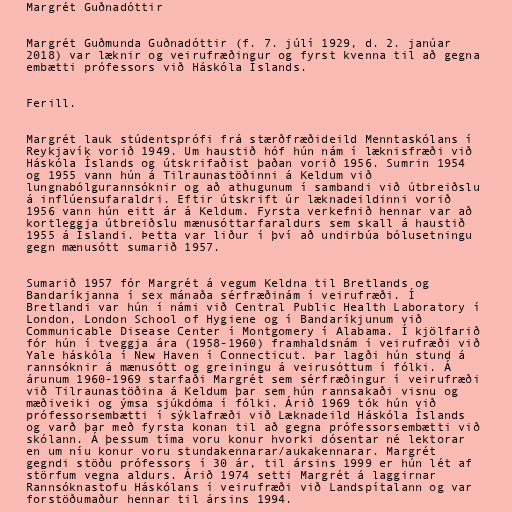
Margrét Guðnadóttir

Margrét Guðmunda Guðnadóttir (f. 7. júlí 1929, d. 2. janúar
2018) var læknir og veirufræðingur og fyrst kvenna til að gegna
embætti prófessors við Háskóla Íslands.

Ferill.

Margrét lauk stúdentsprófi frá stærðfræðideild Menntaskólans í
Reykjavík vorið 1949. Um haustið hóf hún nám í læknisfræði við
Háskóla Íslands og útskrifaðist þaðan vorið 1956. Sumrin 1954
og 1955 vann hún á Tilraunastöðinni á Keldum við
lungnabólgurannsóknir og að athugunum í sambandi við útbreiðslu
á inflúensufaraldri. Eftir útskrift úr læknadeildinni vorið
1956 vann hún eitt ár á Keldum. Fyrsta verkefnið hennar var að
kortleggja útbreiðslu mænusóttarfaraldurs sem skall á haustið
1955 á Íslandi. Þetta var liður í því að undirbúa bólusetningu
gegn mænusótt sumarið 1957.

Sumarið 1957 fór Margrét á vegum Keldna til Bretlands og
Bandaríkjanna í sex mánaða sérfræðinám í veirufræði. Í
Bretlandi var hún í námi við Central Public Health Laboratory í
London, London School of Hygiene og í Bandaríkjunum við
Communicable Disease Center í Montgomery í Alabama. Í kjölfarið
fór hún í tveggja ára (1958-1960) framhaldsnám í veirufræði við
Yale háskóla í New Haven í Connecticut. Þar lagði hún stund á
rannsóknir á mænusótt og greiningu á veirusóttum í fólki. Á
árunum 1960-1969 starfaði Margrét sem sérfræðingur í veirufræði
við Tilraunastöðina á Keldum þar sem hún rannsakaði visnu og
mæðiveiki og ýmsa sjúkdóma í fólki. Árið 1969 tók hún við
prófessorsembætti í sýklafræði við Læknadeild Háskóla Íslands
og varð þar með fyrsta konan til að gegna prófessorsembætti við
skólann. Á þessum tíma voru konur hvorki dósentar né lektorar
en um níu konur voru stundakennarar/aukakennarar. Margrét
gegndi stöðu prófessors í 30 ár, til ársins 1999 er hún lét af
störfum vegna aldurs. Árið 1974 setti Margrét á laggirnar
Rannsóknastofu Háskólans í veirufræði við Landspítalann og var
forstöðumaður hennar til ársins 1994.